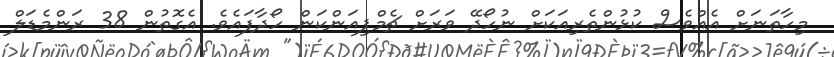
މިހާތަނަށް އެއްވެސް ކުޅުންތެރިއަކަށް ނުހޯދޭ ވަރަށް ޗެމްޕިއަންކަން ހޯދާފައެވެ. އެގޮތުން 38 ރަންމެޑަލް